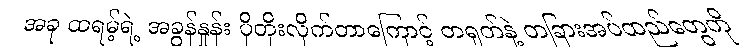
အခု ထရမ့်ရဲ့ အခွန်နှုန်း ပိုတိုးလိုက်တာကြောင့် တရုတ်နဲ့ တခြားအပ်ထည်တွေကို